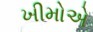
ખીમોએ